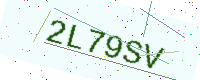
Text: 2L79SV